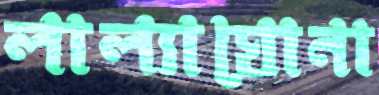
লাল্যাঘোনা